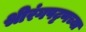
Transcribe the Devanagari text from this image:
श्रीरंगपट्टणच्या